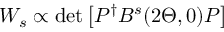
W _ { s } \propto \operatorname* { d e t } \left[ P ^ { \dagger } B ^ { s } ( 2 \Theta , 0 ) P \right]